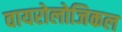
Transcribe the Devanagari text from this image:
वायरोलोजिकल